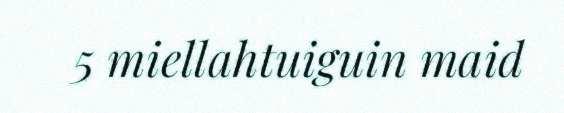
5 miellahtuiguin maid